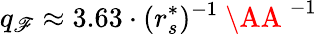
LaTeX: q_{\mathscr{F}}\approx3.63\cdot(r_{s}^{*})^{-1}\mathrm{{~\AA~}}^{-1}